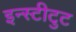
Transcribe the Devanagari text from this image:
इन्स्टीटुट